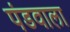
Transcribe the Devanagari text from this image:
पंडवाला